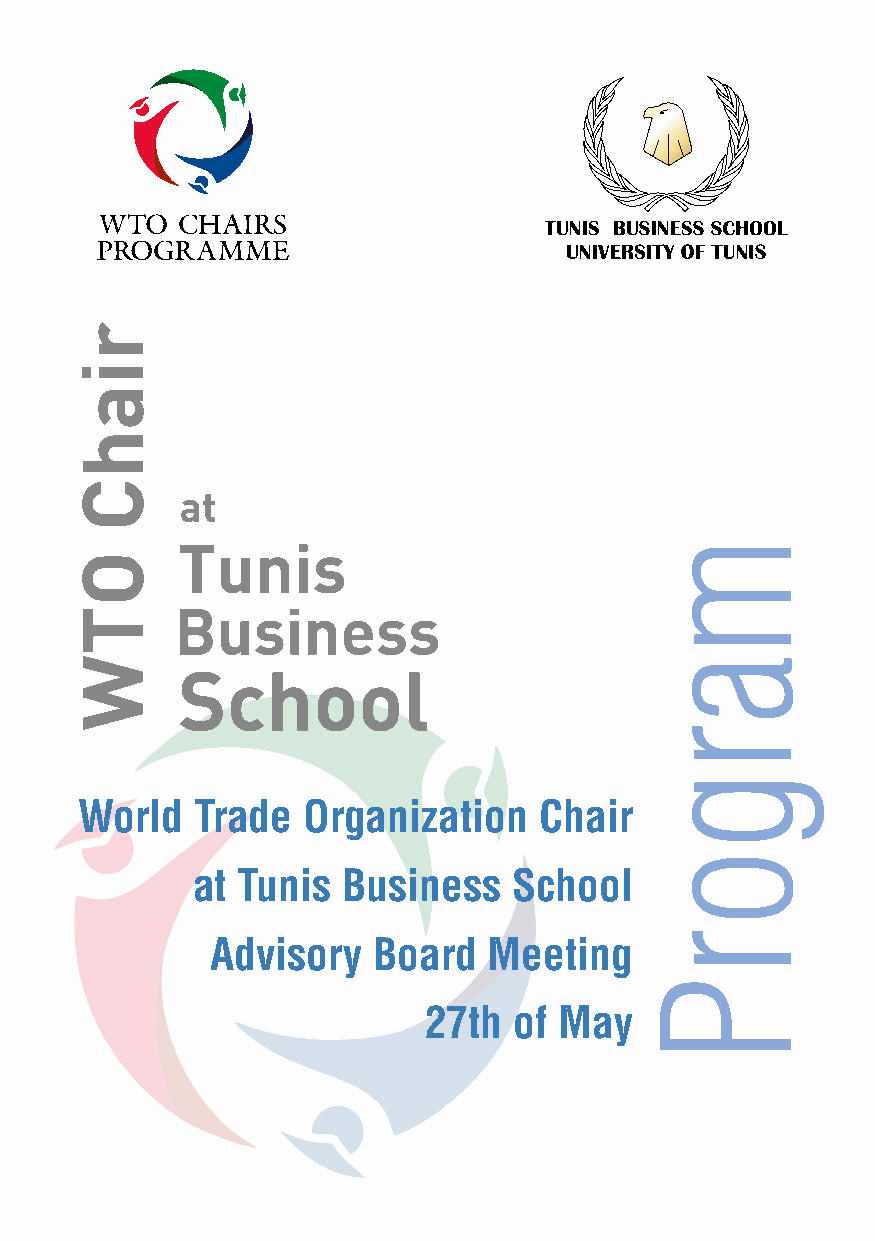
World   Trade  Organization    Chair
 at Tunis  Business   School
 Advisory   Board  Meeting
 27th  of May
 margorP